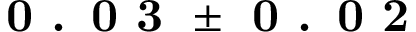
\textbf { 0 . 0 3 } \pm \textbf { 0 . 0 2 }